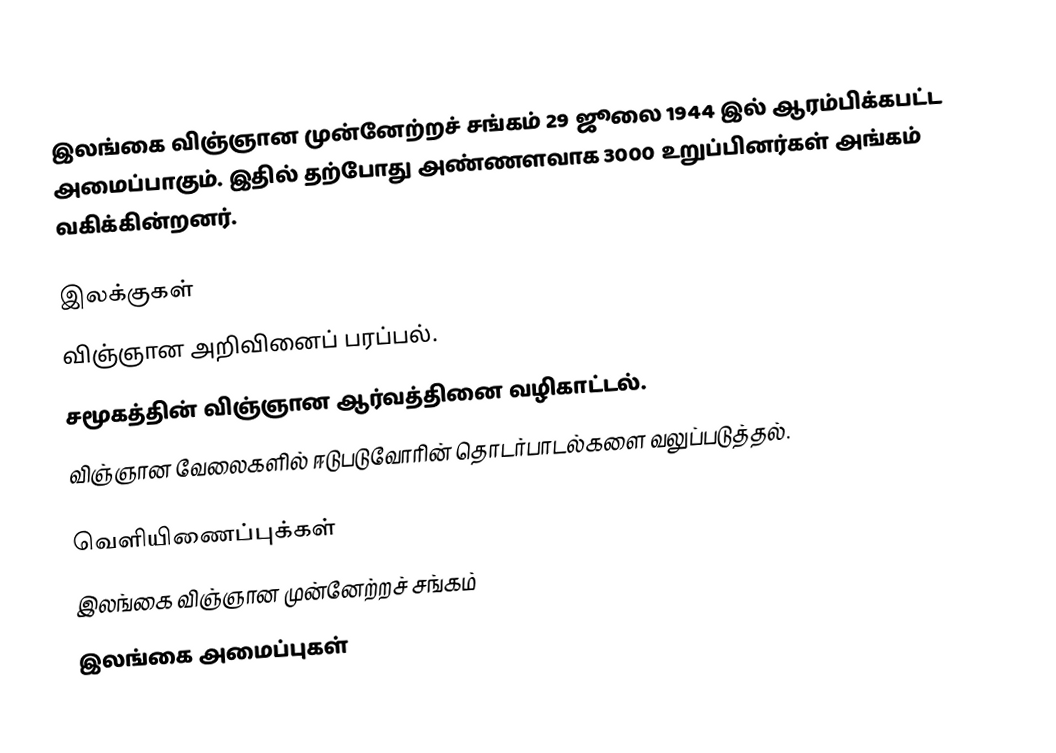
இலங்கை விஞ்ஞான முன்னேற்றச் சங்கம் 29 ஜூலை 1944 இல் ஆரம்பிக்கபட்ட அமைப்பாகும். இதில் தற்போது அண்ணளவாக 3000 உறுப்பினர்கள் அங்கம் வகிக்கின்றனர்.

இலக்குகள்
விஞ்ஞான அறிவினைப் பரப்பல்.
சமூகத்தின் விஞ்ஞான ஆர்வத்தினை வழிகாட்டல்.
விஞ்ஞான வேலைகளில் ஈடுபடுவோரின் தொடர்பாடல்களை வலுப்படுத்தல்.

வெளியிணைப்புக்கள்
இலங்கை விஞ்ஞான முன்னேற்றச் சங்கம்
இலங்கை அமைப்புகள்